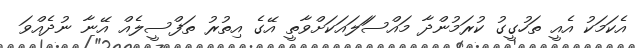
އެކަމަކު އެއީ ތަހުގީގު ކުރަމުންދާ މައްސަަލައަކަށްވާތީ އޭގެ އިތުރު ތަފްސީލެއް އޭނާ ނުދެއްވަ